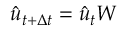
\hat { u } _ { t + \Delta t } = \hat { u } _ { t } W